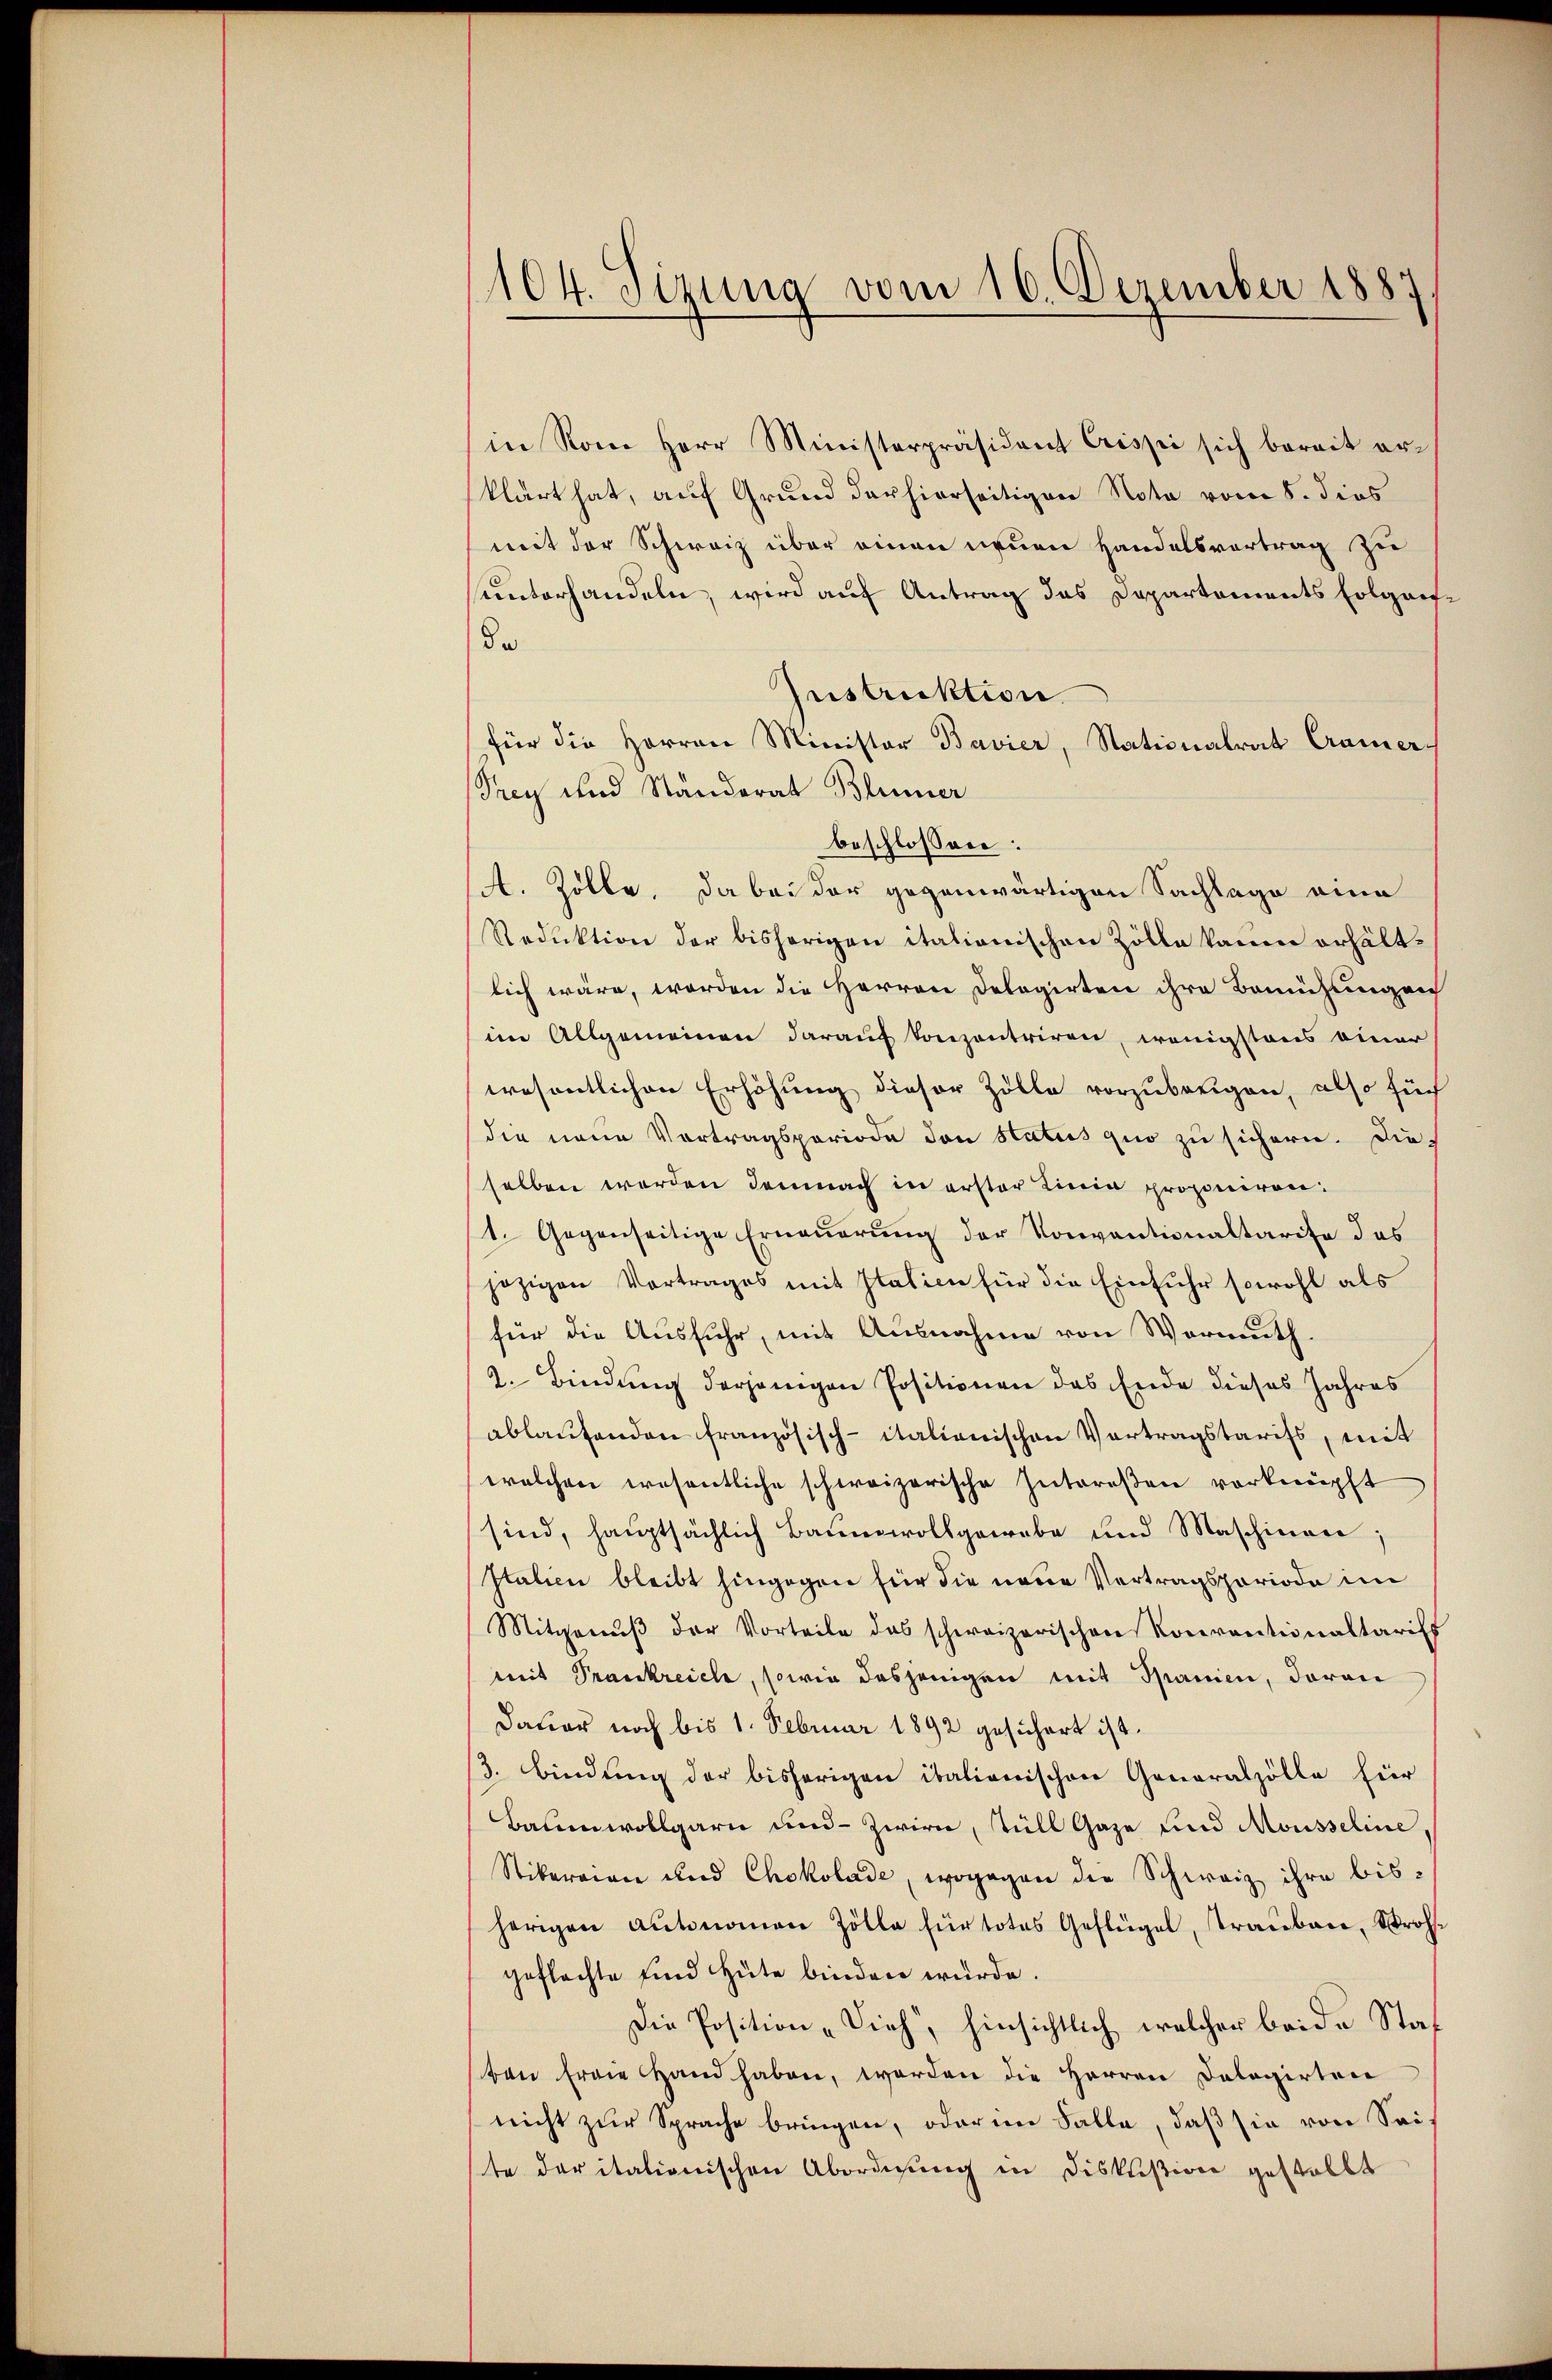
104. Sizung vom 16. Dezember 1887

in Rom Herr Ministerpräsident Crissi sich bereit er-
klärt hat, auf Grund der hierseitigen Note vom 8. dies
mit der Schweiz über einen neuen Handelsvertrag zu
unterhandeln, wird auf Antrag des Departements folgarf.
De
Instruktion
für die Herren Minister Bavier, Stationalrat Cramer-
Trey und Ständerat Blümer
beschlossen:
A. Zolle. Da bei der gegenwärtigen Sachlage eine
Reduktion der bisherigen italionischen Zölle kaum erhältlich wäre, worden die Herren Delegirten ihre Bemühungen
im Allgemeinen darauf konzentriren, wenigstens einer
wesentlichen Erhöhung dieser Zölle vorzuberigen, also für
die neue Vortragsperiode den Status quo zu sichern. Die
selben werden demnach in erster Linia proponiren.
1. Gegenseitige Erneŭerŭng der Konventionaltarife das
jezigen Vortrages mit Italien für die Einfuhr sowohl als
für die Ausfuhr, mit Ausnahme von Vormuth.
2. Bindŭng derjenigen Positionen das Ende dieses Jahres
ablaufenden französisch-italienischen Vertragstarifs, mit
welchen wesentliche schweizerische Intereßen verknüpft
sind, hauptsächlich Baumwollgewebe und Maschinen;
Italien bleibt hingegen für die neue Vertragsperiode im
Mitgenŭβ der Vorteile das schweizerischen Konventionaltaris
mit Prankreiche, sowie dasjenigen mit Spanien, daran
Dauer noch bis 1. Februar 1892 gesichert ist.
3. Bindung der bisherigen italienischen Generalzölle für
Baumwollgarn und Zwirn, Tüll Gaze und Mousseline,
Stikereien und Chokolade, wogegen die Schweiz ihre bisherigen Autonomen Zölle für totes Geflügel, Traubare, Strohgeflachte und Hüte binden würde.
Die Position „Vieh, hinsichtlich welcher beide Staf
ten Ergie Hand haben, worden die Herren Dologirten
nicht zur Sprache bringen, oder im Falle, daß sie von Seite daritationischen Abordnung in Diskußion gestellt